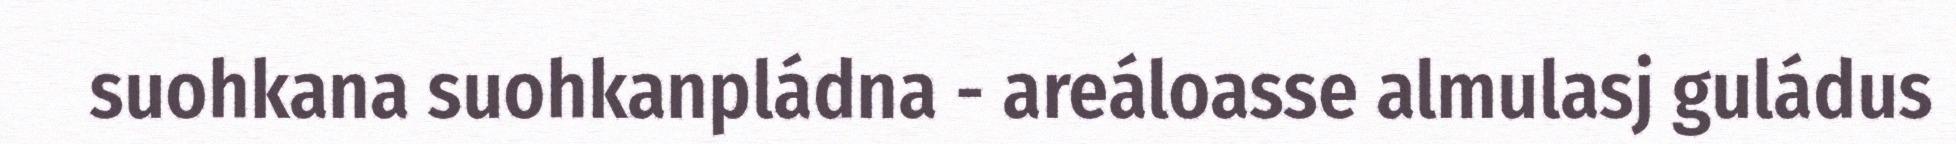
suohkana suohkanpládna - areáloasse almulasj guládus